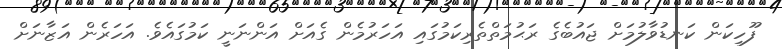
ފޫހިކަން ކަނޑުވާލުމަށް ޖައުބެގެ ރަޙުމަތްތެރިކަމުގައި އަހަރުމެން ގެއަށް އަންނަނީ ކަމުގައެވެ. އަހަރެން އަޒާނަށް